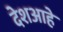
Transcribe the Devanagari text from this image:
देशआहे